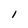
Character: l